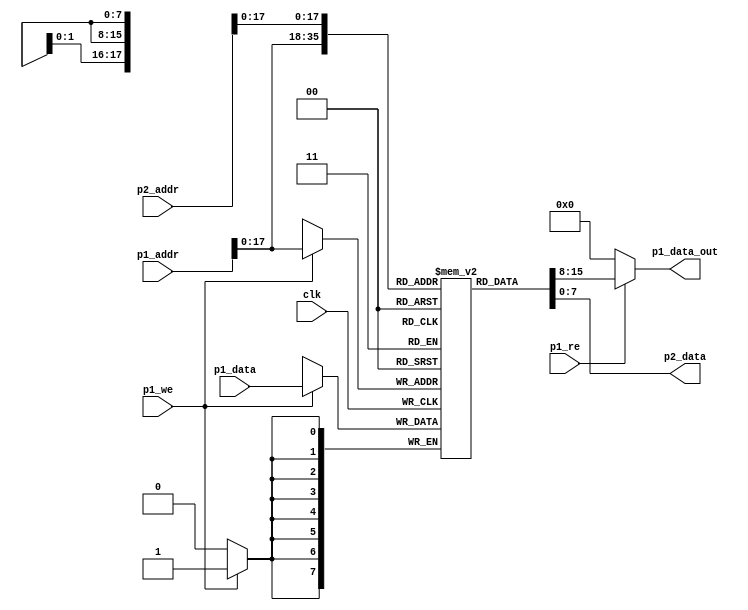
module vram(input clk,
	    
	    input [19:0]     p1_addr,
	    input [7:0]      p1_data,
            output [7:0] p1_data_out, 
	    input            p1_we,
            input            p1_re,

	    input [19:0]     p2_addr,
	    output [7:0] p2_data);

   reg [7:0] 		 mem[0:153600-1];
   assign p1_data_out = p1_re?mem[p1_addr]:0;
   assign p2_data = mem[p2_addr];

   always @(posedge clk)
     begin
	if (p1_we) begin
	   mem[p1_addr] <= p1_data;
	end
     end

endmodule